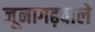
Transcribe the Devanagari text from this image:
जूनागढ़वाले